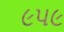
૯૫૯